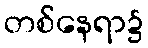
တစ်နေရာ၌